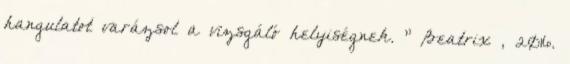
hangulatot varázsol a vizsgáló helyiségnek. ” Beatrix , 2016.